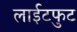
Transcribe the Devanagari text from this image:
लाईटफुट